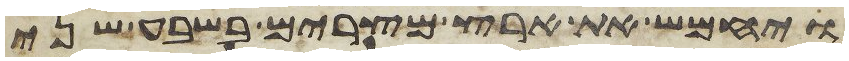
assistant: ויחמש את ארץ מצרים בשבע שני